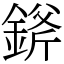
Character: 𨨞